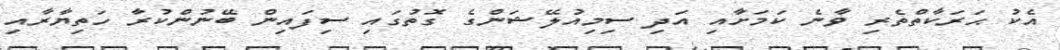
އެކު ޙަރަކާތްތެރި ވާނެ ކަމަށާއި އަދި ސިމިއުލޭޝަންގެ ގޮތުގައި ސިފައިން ބޭނުންކުރާ ހަތިޔާރާއި